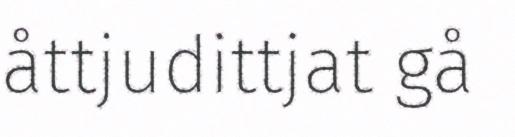
åttjudittjat gå